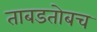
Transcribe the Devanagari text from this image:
ताबडतोबच